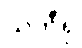
သဘီရု